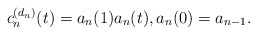
\begin{gather*} c_n^{(d_n)}(t) =a_n(1) a_n(t), a_{n}(0)= a_{n-1}. \end{gather*}